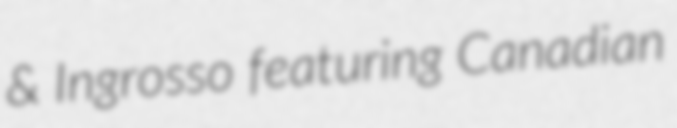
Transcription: & Ingrosso featuring Canadian